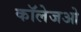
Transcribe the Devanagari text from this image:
कॉलेजओ